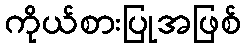
ကိုယ်စားပြုအဖြစ်